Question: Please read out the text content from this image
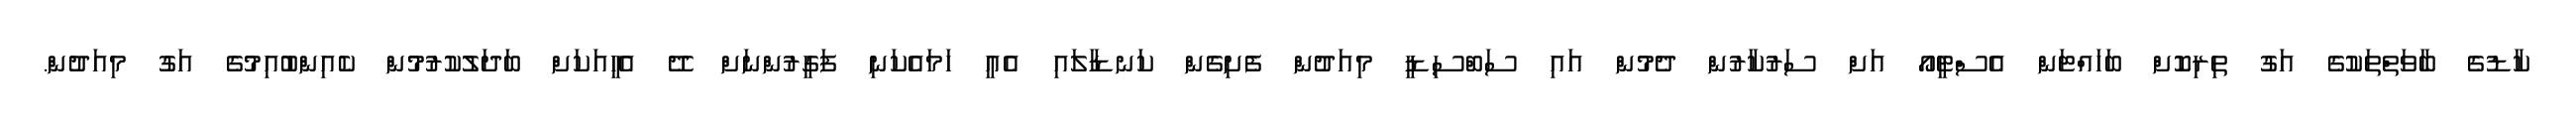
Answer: ކާޑުގެ ބާވަތްތަކުގެ އަގު ތިރިކޮށް ބަހައްޓަން އެސްޓީއޯ އަށް ސަރުކާރުން ދެމުން އައި ސަބްސިޑީ މިއަދުން ފެށިގެން ކަނޑާލައި އެއީ ހަމައެކަނި ފަގީރުންނަށް ދޭ އެހީއަކަށް ބަދަލުކުރުމުން ކެއިންބުއިމުގެ އަގު މިއަދުން.